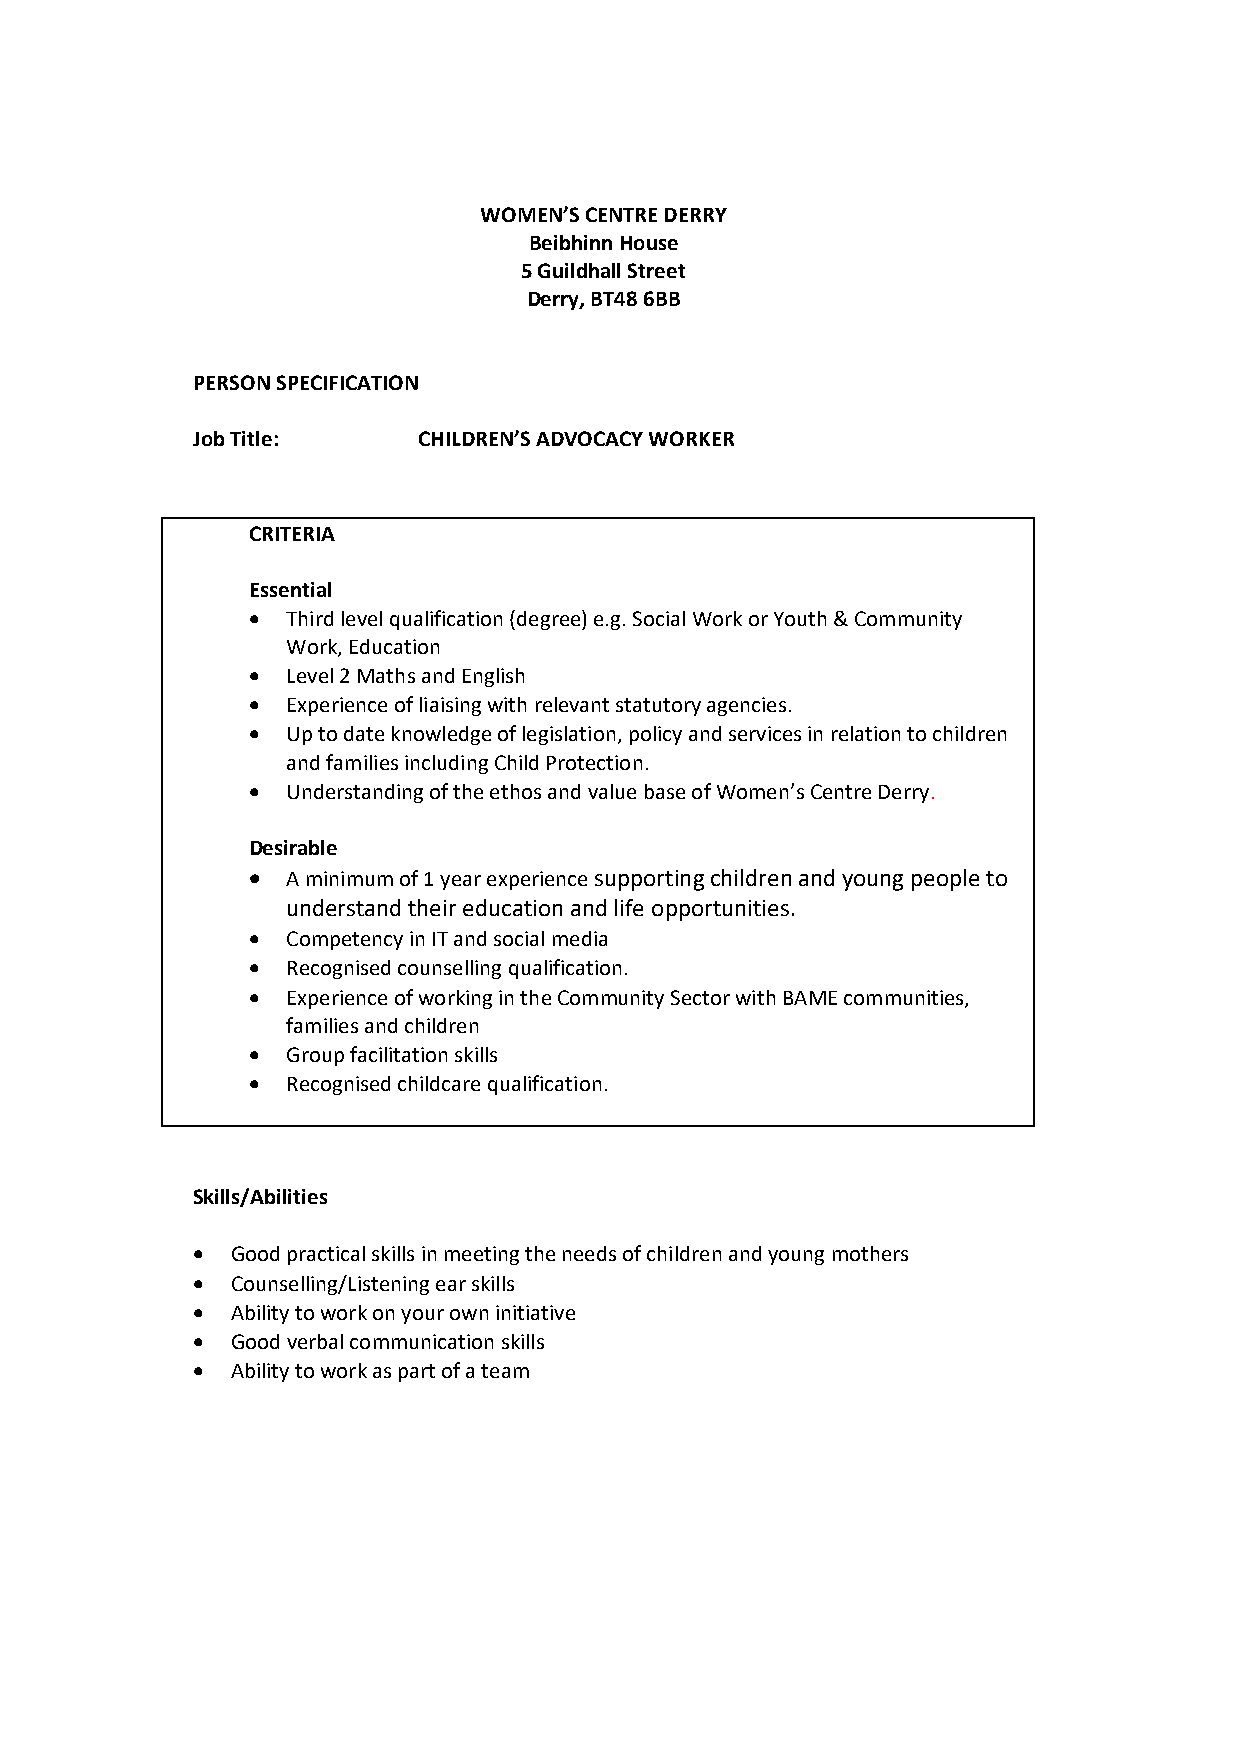
WOMEN’S CENTRE DERRY
 Beibhinn House
 5 Guildhall Street
 Derry, BT48 6BB
 PERSON SPECIFICATION
 Job Title:     CHILDREN’S ADVOCACY WORKER
 CRITERIA
 Essential
 •  Third level qualification (degree) e.g. Social Work or Youth & Community
 Work, Education
 •  Level 2 Maths and English
 •  Experience of liaising with relevant statutory agencies.
 •  Up to date knowledge of legislation, policy and services in relation to children
 and families including Child Protection.
 •  Understanding of the ethos and value base of Women’s Centre Derry.
 Desirable
 •  A minimum of 1 year experience supporting children and young people to
 understand their education and life opportunities.
 •  Competency in IT and social media
 •  Recognised counselling qualification.
 •  Experience of working in the Community Sector with BAME communities,
 families and children
 •  Group facilitation skills
 •  Recognised childcare qualification.
 Skills/Abilities
 • Good practical skills in meeting the needs of children and young mothers
 • Counselling/Listening ear skills
 • Ability to work on your own initiative
 • Good verbal communication skills
 • Ability to work as part of a team